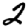
Digit: 2